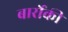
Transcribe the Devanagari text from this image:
बार्रोकी